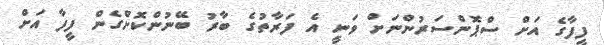
ފީފާގެ އަށް ސްޕޮންސަރުންނަށް ވަނީ އެ ފަރާތުގެ ބާރު ބޭނުންކޮށްގެން ފީފާ އަށް